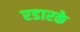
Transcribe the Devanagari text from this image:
रडारके